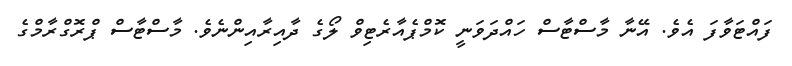
ފައްޓަވާފަ އެވެ. އޭނާ މާސްޓާސް ހައްދަވަނީ ކޮމްޕެއާރެޓިވް ލޯގެ ދާއިރާއިންނެވެ. މާސްޓާސް ޕްރޮގްރާމްގެ